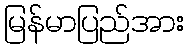
မြန်မာပြည်အား